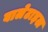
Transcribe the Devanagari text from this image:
वालेटाइल